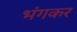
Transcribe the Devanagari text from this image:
भंगकर